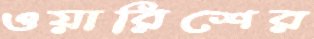
ওয়ারিশের